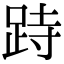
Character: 跱